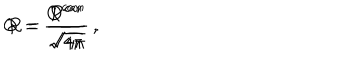
Q = \frac { Q ^ { c a n } } { \sqrt { 4 \pi } } \; , \hspace { 1 c m } P = \frac { P ^ { c a n } } { \sqrt { 4 \pi } } \; .